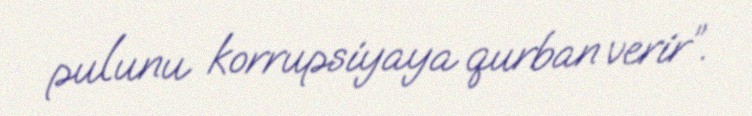
pulunu korrupsiyaya qurban verir”.